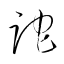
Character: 跎